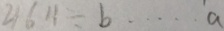
4 6 4 \div b \cdots a